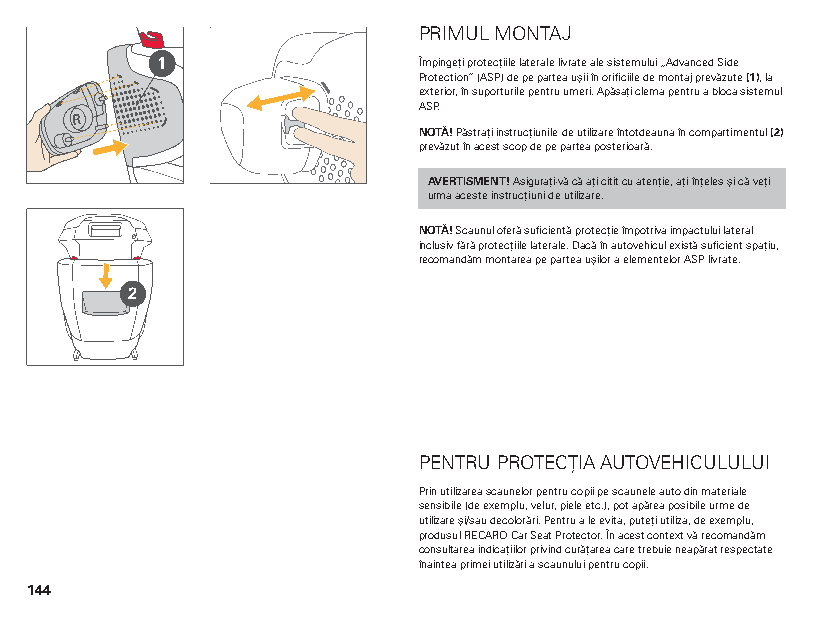
PRIMUL MONTAJ
 1                 Împingeți protecțiile laterale livrate ale sistemului „Advanced Side
 Protection” (ASP) de pe partea ușii în orificiile de montaj prevăzute (1), la
 exterior, în suporturile pentru umeri. Apăsați clema pentru a bloca sistemul
 ASP.
 R
 NOTĂ! Păstrați instrucțiunile de utilizare întotdeauna în compartimentul (2)
 prevăzut în acest scop de pe partea posterioară.
 AVERTISMENT! Asigurați-vă că ați citit cu atenție, ați înțeles și că veți
 urma aceste instrucțiuni de utilizare.
 NOTĂ! Scaunul oferă suficientă protecție împotriva impactului lateral
 inclusiv fără protecțiile laterale. Dacă în autovehicul există suficient spațiu,
 recomandăm montarea pe partea ușilor a elementelor ASP livrate.
 2
 PENTRU PROTECȚIA AUTOVEHICULULUI
 Prin utilizarea scaunelor pentru copii pe scaunele auto din materiale
 sensibile (de exemplu, velur, piele etc.), pot apărea posibile urme de
 utilizare și/sau decolorări. Pentru a le evita, puteți utiliza, de exemplu,
 produsul RECARO Car Seat Protector. În acest context vă recomandăm
 consultarea indicațiilor privind curățarea care trebuie neapărat respectate
 înaintea primei utilizări a scaunului pentru copii.
 144